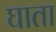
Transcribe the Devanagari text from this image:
घाता